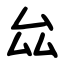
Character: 厽